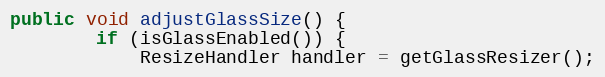
Language: Java
public void adjustGlassSize() {
        if (isGlassEnabled()) {
            ResizeHandler handler = getGlassResizer();